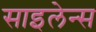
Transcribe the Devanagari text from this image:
साइलेन्स